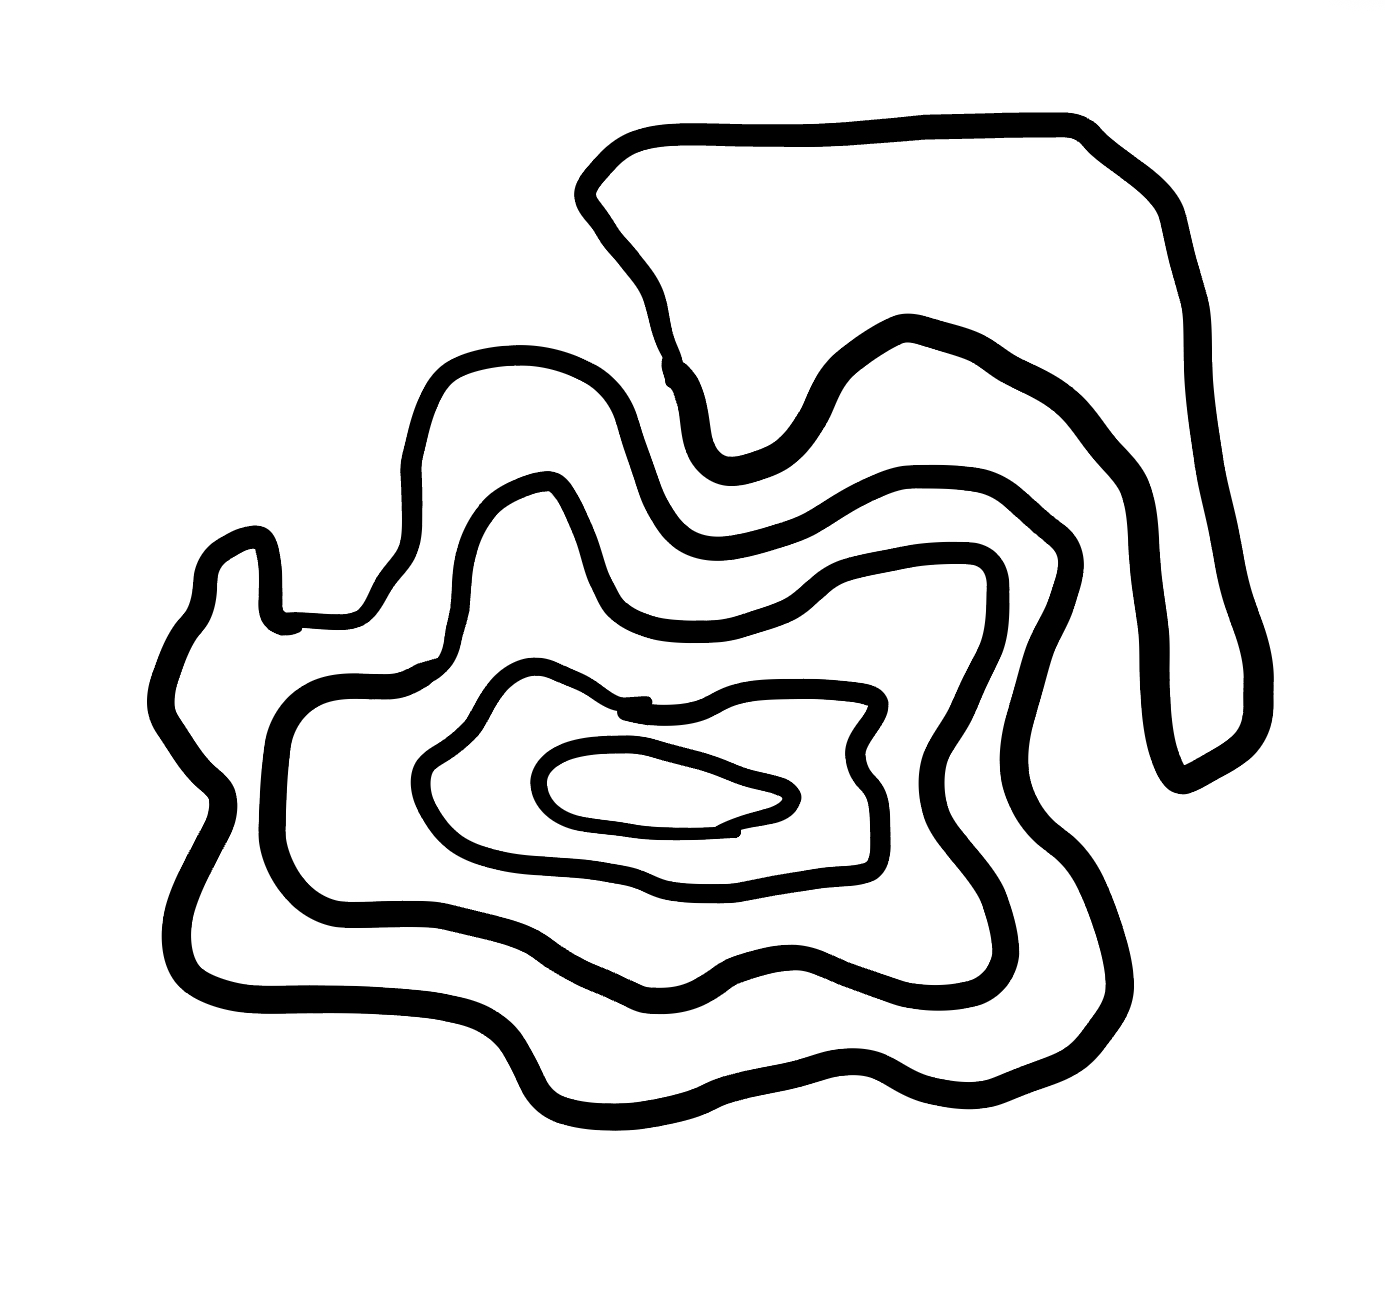
Number of regions (including the outer root region): 6
Containment tree edges (parent, child): 0, 1, 0, 5, 1, 2, 2, 3, 3, 4